Vaccination in Bombay 1856-1862 - 1856-1862
Year: 1856
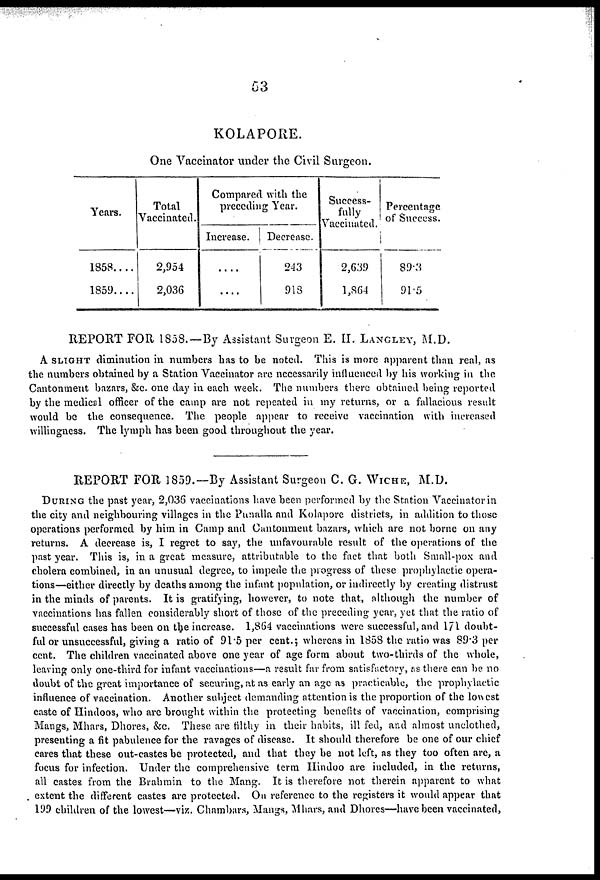
63
KOLAPORE.
One Vaccinator under the Civil Surgeon.
Years.
1858....
1859....
Total
Vaccinated.
2,954
2,036
Compared with the
preceding Year.
Increase.
....
....
Decrease.
243
913
Success-
fully
Vaccinated.
2,639
1,864
Percentage
of Success.
89.3
91.5
REPORT FOR 1858.—By Assistant Surgeon E. H. LANGLEY, M.D.
A SLIGHT diminution in numbers has to be noted. This is more apparent than real, as
the numbers obtained by a Station Vaccinator are necessarily influenced by his working in the
Cantonment bazars, &c. one day in each week. The numbers there obtained being reported
by the medical officer of the camp are not repeated in my returns, or a fallacious result
would be the consequence. The people appear to receive vaccination with increased
willingness. The lymph has been good throughout the year.
REPORT FOR 1859.—By Assistant Surgeon C. G. WICHE, M.D.
DURING the past year, 2,036 vaccinations have been performed by the Station Vaccinator in
the city and neighbouring villages in the Punalla and Kolapore districts, in addition to those
operations performed by him in Camp and Cantonment bazars, which are not borne on any
returns. A decrease is, I regret to say, the unfavourable result of the operations of the
past year. This is, in a great measure, attributable to the fact that both Small-pox and
cholera combined, in an unusual degree, to impede the progress of these prophylactic opera-
tions—either directly by deaths among the infant population, or indirectly by creating distrust
in the minds of parents. It is gratifying, however, to note that, although the number of
vaccinations has fallen considerably short of those of the preceding year, yet that the ratio of
successful cases has been on the increase. 1,864 vaccinations were successful, and 171 doubt-
ful or unsuccessful, giving a ratio of 915 per cent.; whereas in 1858 the ratio was 89.3 per
cent. The children vaccinated above one year of age form about two-thirds of the whole,
leaving only one-third for infant vaccinations—a result far from satisfactory, as there can be no
doubt of the great importance of securing, at as early an age as practicable, the prophylactic
influence of vaccination. Another subject demanding attention is the proportion of the lowest
caste of Hindoos, who are brought within the protecting benefits of vaccination, comprising
Mangs, Mhars, Dhores, &c. These are filthy in their habits, ill fed, and almost unclothed,
presenting a fit pabuleuce for the ravages of disease. It should therefore be one of our chief
cares that these out-castes be protected, and that they be not left, as they too often are, a
focus for infection. Under the comprehensive term Hindoo are included, in the returns,
all castes from the Brahmin to the Mang. It is therefore not therein apparent to what
extent the different castes are protected. On reference to the registers it would appear that
199 children of the lowest—viz. Chambars, Mangs, Mhars, and Dhores—have been vaccinated,